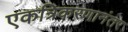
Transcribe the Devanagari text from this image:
एकत्रिकरणानंतर